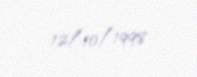
12/10/1998